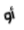
أو